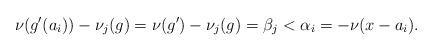
LaTeX: \begin{align*}\nu(g'(a_i))-\nu_j(g)=\nu(g')-\nu_j(g)=\beta_j<\alpha_i=-\nu(x-a_i).\end{align*}